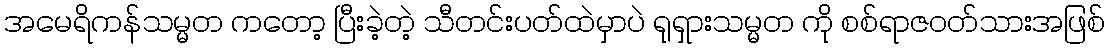
အမေရိကန်သမ္မတ ကတော့ ပြီးခဲ့တဲ့ သီတင်းပတ်ထဲမှာပဲ ရုရှားသမ္မတ ကို စစ်ရာဇဝတ်သားအဖြစ်